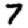
Digit: 7